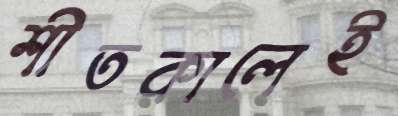
শীতকালেই